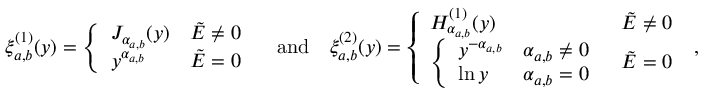
\xi _ { a , b } ^ { ( 1 ) } ( y ) = \left\{ \begin{array} { l l } { J _ { \alpha _ { a , b } } ( y ) } & { \tilde { E } \neq 0 } \\ { y ^ { \alpha _ { a , b } } } & { \tilde { E } = 0 } \end{array} \right. \quad \mathrm { a n d } \quad \xi _ { a , b } ^ { ( 2 ) } ( y ) = \left\{ \begin{array} { l l } { H _ { \alpha _ { a , b } } ^ { ( 1 ) } ( y ) } & { \tilde { E } \neq 0 } \\ { \left\{ \begin{array} { l l } { y ^ { - \alpha _ { a , b } } } & { \alpha _ { a , b } \neq 0 } \\ { \ln { y } } & { \alpha _ { a , b } = 0 } \end{array} \right. } & { \tilde { E } = 0 } \end{array} \right. \; ,